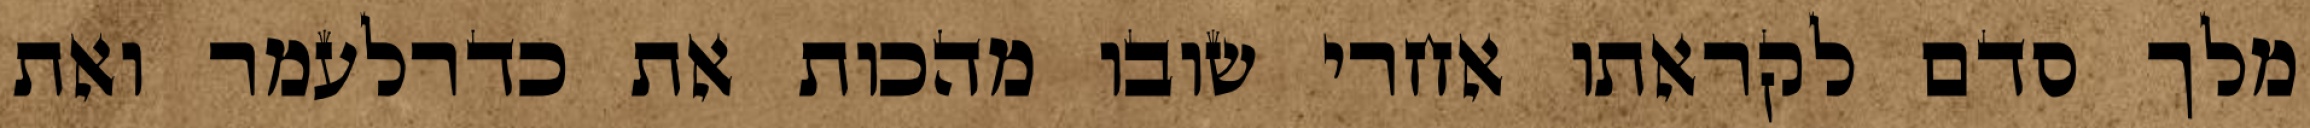
מלך סדם לקראתו אחרי שובו מהכות את כדרלעמר ואת